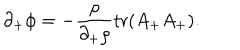
\partial _ { + } \phi = - { \frac { \rho } { \partial _ { + } \rho } } \mathrm { t r } ( A _ { + } A _ { + } ) .